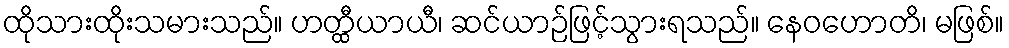
ထိုသားထိုးသမားသည်။ ဟတ္ထီယာယီ၊ ဆင်ယာဉ်ဖြင့်သွားရသည်။ နေဝဟောတိ၊ မဖြစ်။